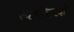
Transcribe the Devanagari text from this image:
अमीरपदी